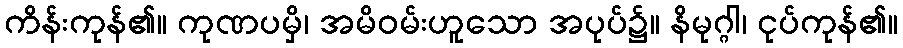
ကိန်းကုန်၏။ ကုဏပမှိ၊ အမိဝမ်းဟူသော အပုပ်၌။ နိမုဂ္ဂါ၊ ငုပ်ကုန်၏။